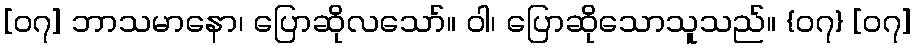
[၀၇] ဘာသမာနော၊ ပြောဆိုလသော်။ ဝါ၊ ပြောဆိုသောသူသည်။ {၀၇} [၀၇]